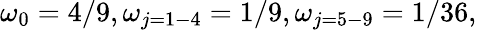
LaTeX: \omega_{0}=4/9,\omega_{j=1-4}=1/9,\omega_{j=5-9}=1/36,